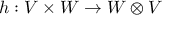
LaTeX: h : V \times W \to W \otimes V